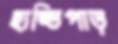
হাড্ডিপাড়